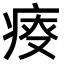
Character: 𤶟